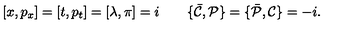
[ x , p _ { x } ] = [ t , p _ { t } ] = [ \lambda , \pi ] = i \qquad \{ { \bar { \cal C } } , { \cal P } \} = \{ { \bar { \cal P } } , { \cal C } \} = - i .